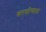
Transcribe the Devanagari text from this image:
करकोच्याला